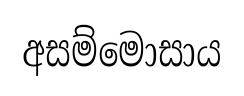
අසම්මොසාය